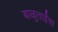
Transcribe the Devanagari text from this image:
बाळुताईंचा